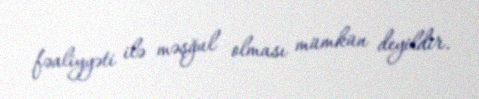
fəaliyyəti ilə məşğul olması mümkün deyildir.